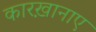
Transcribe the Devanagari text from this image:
कारख़ानाए